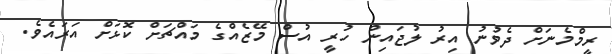
ރީމްމެނަށް ދެވުނު އިރު ލުޖައިން ހުރީ އުސް މޭޒެއްގެ މައްޗަށް ކޮޅަށް އަރައެވެ.